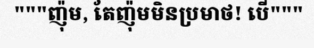
"""ញ៉ុម, តែញ៉ុមមិនប្រមាថ! បើ"""